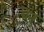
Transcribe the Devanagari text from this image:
बेतु